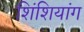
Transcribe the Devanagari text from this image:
शिंशियांग